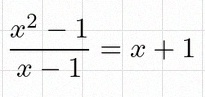
\frac{x^2-1}{x-1}=x+1